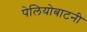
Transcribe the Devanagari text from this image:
पेलियोबाटनी